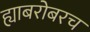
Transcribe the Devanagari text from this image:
ह्याबरोबरच